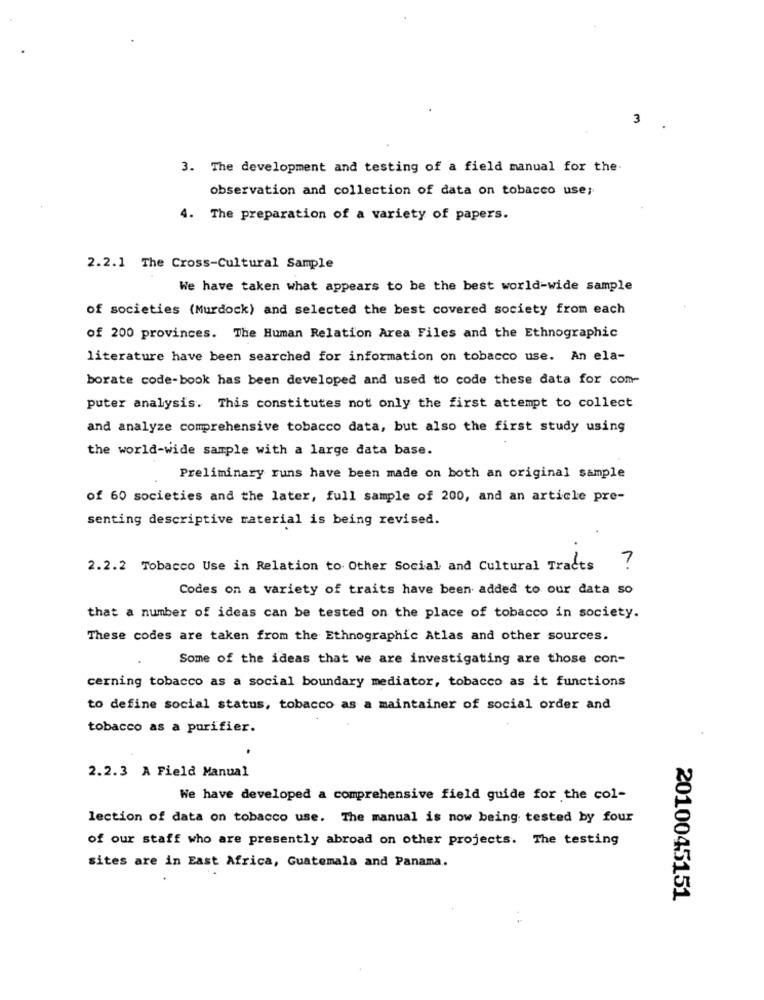
3
3. The development and testing of a field manual for the
observation and collection of data on tobacco use;
4. The preparation of a variety of papers.
2.2.1 The Cross-Cultural Sample
We have taken what appears to be the best world-wide sample
of societies (Murdock) and selected the best covered society from each
of 200 provinces. The Human Relation Area Files and the Ethnographic
literature have been searched for information on tobacco use. An ela-
borate code-book has been developed and used to code these data for com-
puter analysis. This constitutes not only the first attempt to collect
and analyze comprehensive tobacco data, but also the first study using
the world-wide sample with a large data base.
Preliminary runs have been made on both an original sample
of 60 societies and the later, full sample of 200, and an article pre-
senting descriptive material is being revised.
2.2.2 Tobacco Use in Relation to Other Social and Cultural Tracts ?
Codes on a variety of traits have been added to our data so
that a number of ideas can be tested on the place of tobacco in society.
These codes are taken from the Ethnographic Atlas and other sources.
Some of the ideas that we are investigating are those con-
cerning tobacco as a social boundary mediator, tobacco as it functions
to define social status, tobacco as a maintainer of social order and
tobacco as a purifier.
2.2.3 A Field Manual
We have developed a comprehensive field guide for the col-
lection of data on tobacco use. The manual is now being tested by four
of our staff who are presently abroad on other projects. The testing
sites are in East Africa, Guatemala and Panama.
2010045151